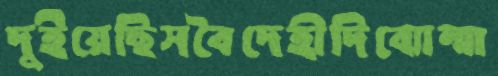
দুইয়েছিসবৈদেহীদিব্যোন্মা